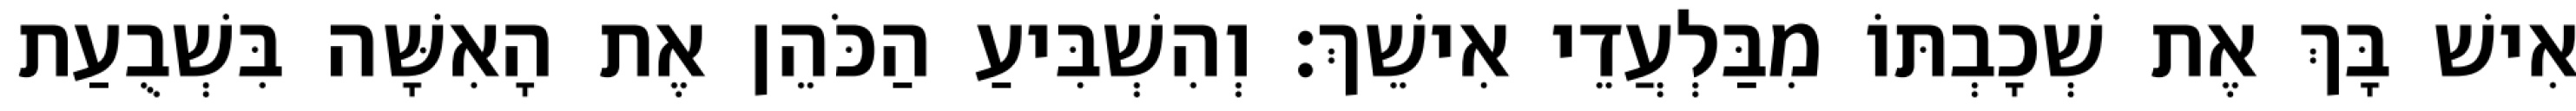
אִישׁ בָּךְ אֶת שְׁכָבְתּוֹ מִבַּלְעֲדֵי אִישֵׁךְ׃ וְהִשְׁבִּיעַ הַכֹּהֵן אֶת הָאִשָּׁה בִּשְׁבֻעַת